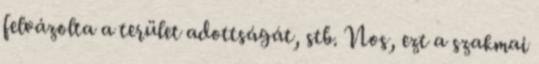
felvázolta a terület adottságát, stb. Nos, ezt a szakmai